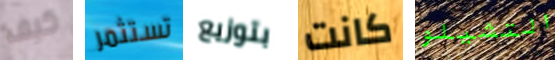
كيف تستثمر بتوزيع كانت التشيلو